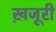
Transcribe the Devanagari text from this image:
ख़जूरी